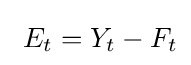
\ E_{t}=Y_{t}-F_{t}